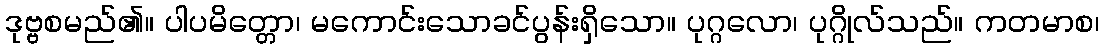
ဒုဗ္ဗစမည်၏။ ပါပမိတ္တော၊ မကောင်းသောခင်ပွန်းရှိသော။ ပုဂ္ဂလော၊ ပုဂ္ဂိုလ်သည်။ ကတမာစ၊